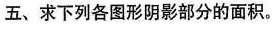
五、求下列各图形阴影部分的面积。